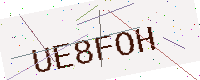
Text: UE8FOH